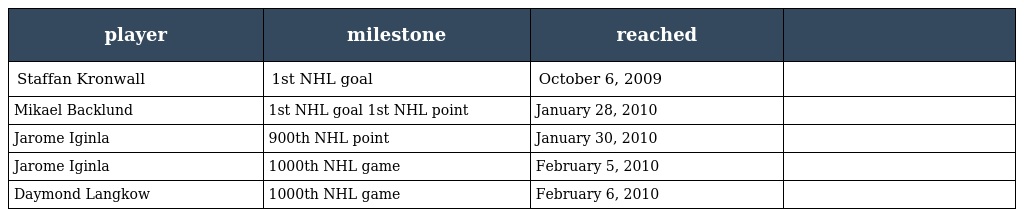
| player | milestone | reached |  |
 | --- | --- | --- | --- |
 | Staffan Kronwall | 1st NHL goal | October 6, 2009 |  |
 | Mikael Backlund | 1st NHL goal 1st NHL point | January 28, 2010 |  |
 | Jarome Iginla | 900th NHL point | January 30, 2010 |  |
 | Jarome Iginla | 1000th NHL game | February 5, 2010 |  |
 | Daymond Langkow | 1000th NHL game | February 6, 2010 |  |